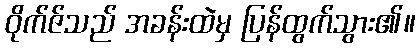
ဝိုက်ဇ်သည် အခန်းထဲမှ ပြန်ထွက်သွား၏။